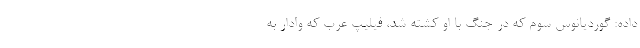
داده: گوردیانوس سوم که در جنگ با او کشته شد، فیلیپ عرب که وادار به